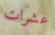
عشرات